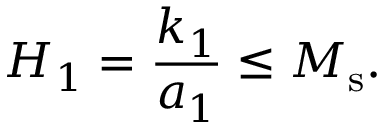
H _ { 1 } = \frac { k _ { 1 } } { a _ { 1 } } \leq M _ { \mathrm { s } } .